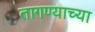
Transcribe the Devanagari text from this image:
तागण्याच्या